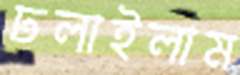
ঢলাইলাম